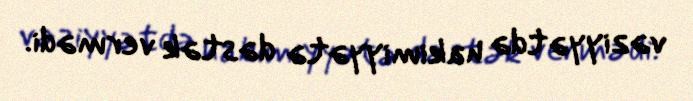
vəziyyətdə hakimiyyətə dəstək vermədi.